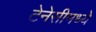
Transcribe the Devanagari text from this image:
टेनेसीमध्ये